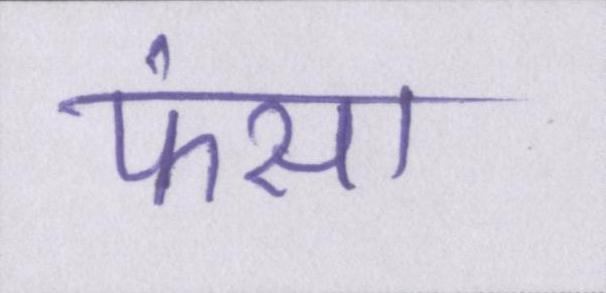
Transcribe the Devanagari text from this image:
फंसा